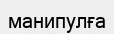
манипулға